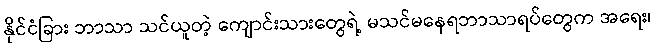
နိုင်ငံခြား ဘာသာ သင်ယူတဲ့ ကျောင်းသားတွေရဲ့ မသင်မနေရဘာသာရပ်တွေက အရေး၊